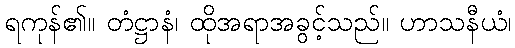
ရကုန်၏။ တံဋ္ဌာနံ၊ ထိုအရာအခွင့်သည်။ ဟာသနီယံ၊